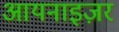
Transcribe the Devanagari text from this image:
आयनाइज़र